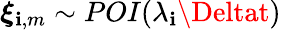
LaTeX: \boldsymbol{\xi}_{\mathbf{i},m}\sim\mathop{POI}(\lambda_{\mathbf{i}}\Deltat)